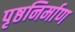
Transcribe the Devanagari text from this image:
पृष्ठनिर्माण